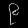
Digit: ၉